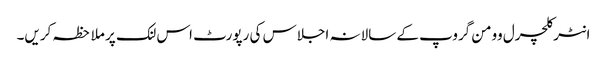
انٹرکلچرل وومن گروپ کے سالانہ اجلاس کی رپورٹ اس لنک پر ملاحظہ کریں۔